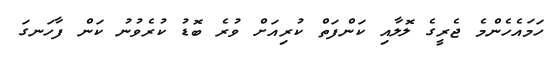
ހަމައެހެންމެ ޖެރީގެ ލޮލާއި ކަންފަތް ކުރިއަށް ވުރެ ބޮޑު ކުރެވުނު ކަން ފާހަނގަ